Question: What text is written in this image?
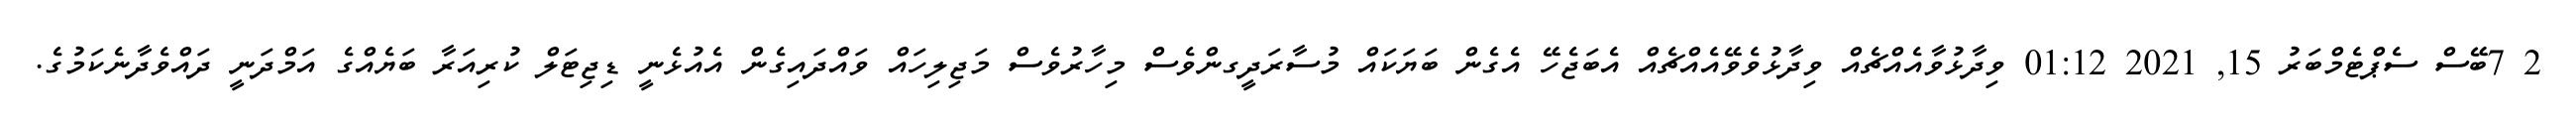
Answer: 2 7ބޭސް ސެޕްޓެމްބަރު 15, 2021 01:12 ވިދާޅުވާއެއްޗެއް ވިދާޅުވެވޭއެއްޗެއް އެބަޖެހޭ އެގެން ބަޔަކައް މުސާރަދީގންވެސް މިހާރުވެސް މަޖިލިހައް ވައްދައިގެން އެއުޅެނީ ޑިޖިޓަލް ކުރިއަރާ ބަޔެއްގެ އަމްދަނީ ދައްވެދާނެކަމުގެ.